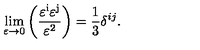
\lim _ { { \mathrm { \boldmath \varepsilon } } \to 0 } \left( \frac { \mathrm { { \boldmath \varepsilon ^ i } } \mathrm { { \boldmath \varepsilon ^ j } } } { { \mathrm { \boldmath \varepsilon } } ^ { 2 } } \right) = \frac { 1 } { 3 } \delta ^ { i j } .